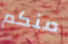
منكم